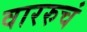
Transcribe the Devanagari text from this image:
वाररुचं